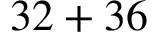
3 2 + 3 6